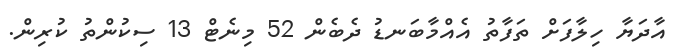
އާދަޔާ ހިލާފަށް ތަފާތު އެއްމާބަނޑު ދެބެން 52 މިނެޓް 13 ސިކުންތު ކުރިން.